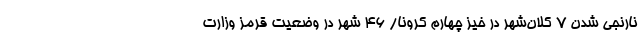
نارنجی شدن ۷ کلان‌شهر در خیز چهارم کرونا/ ۴۶ شهر در وضعیت قرمز وزارت